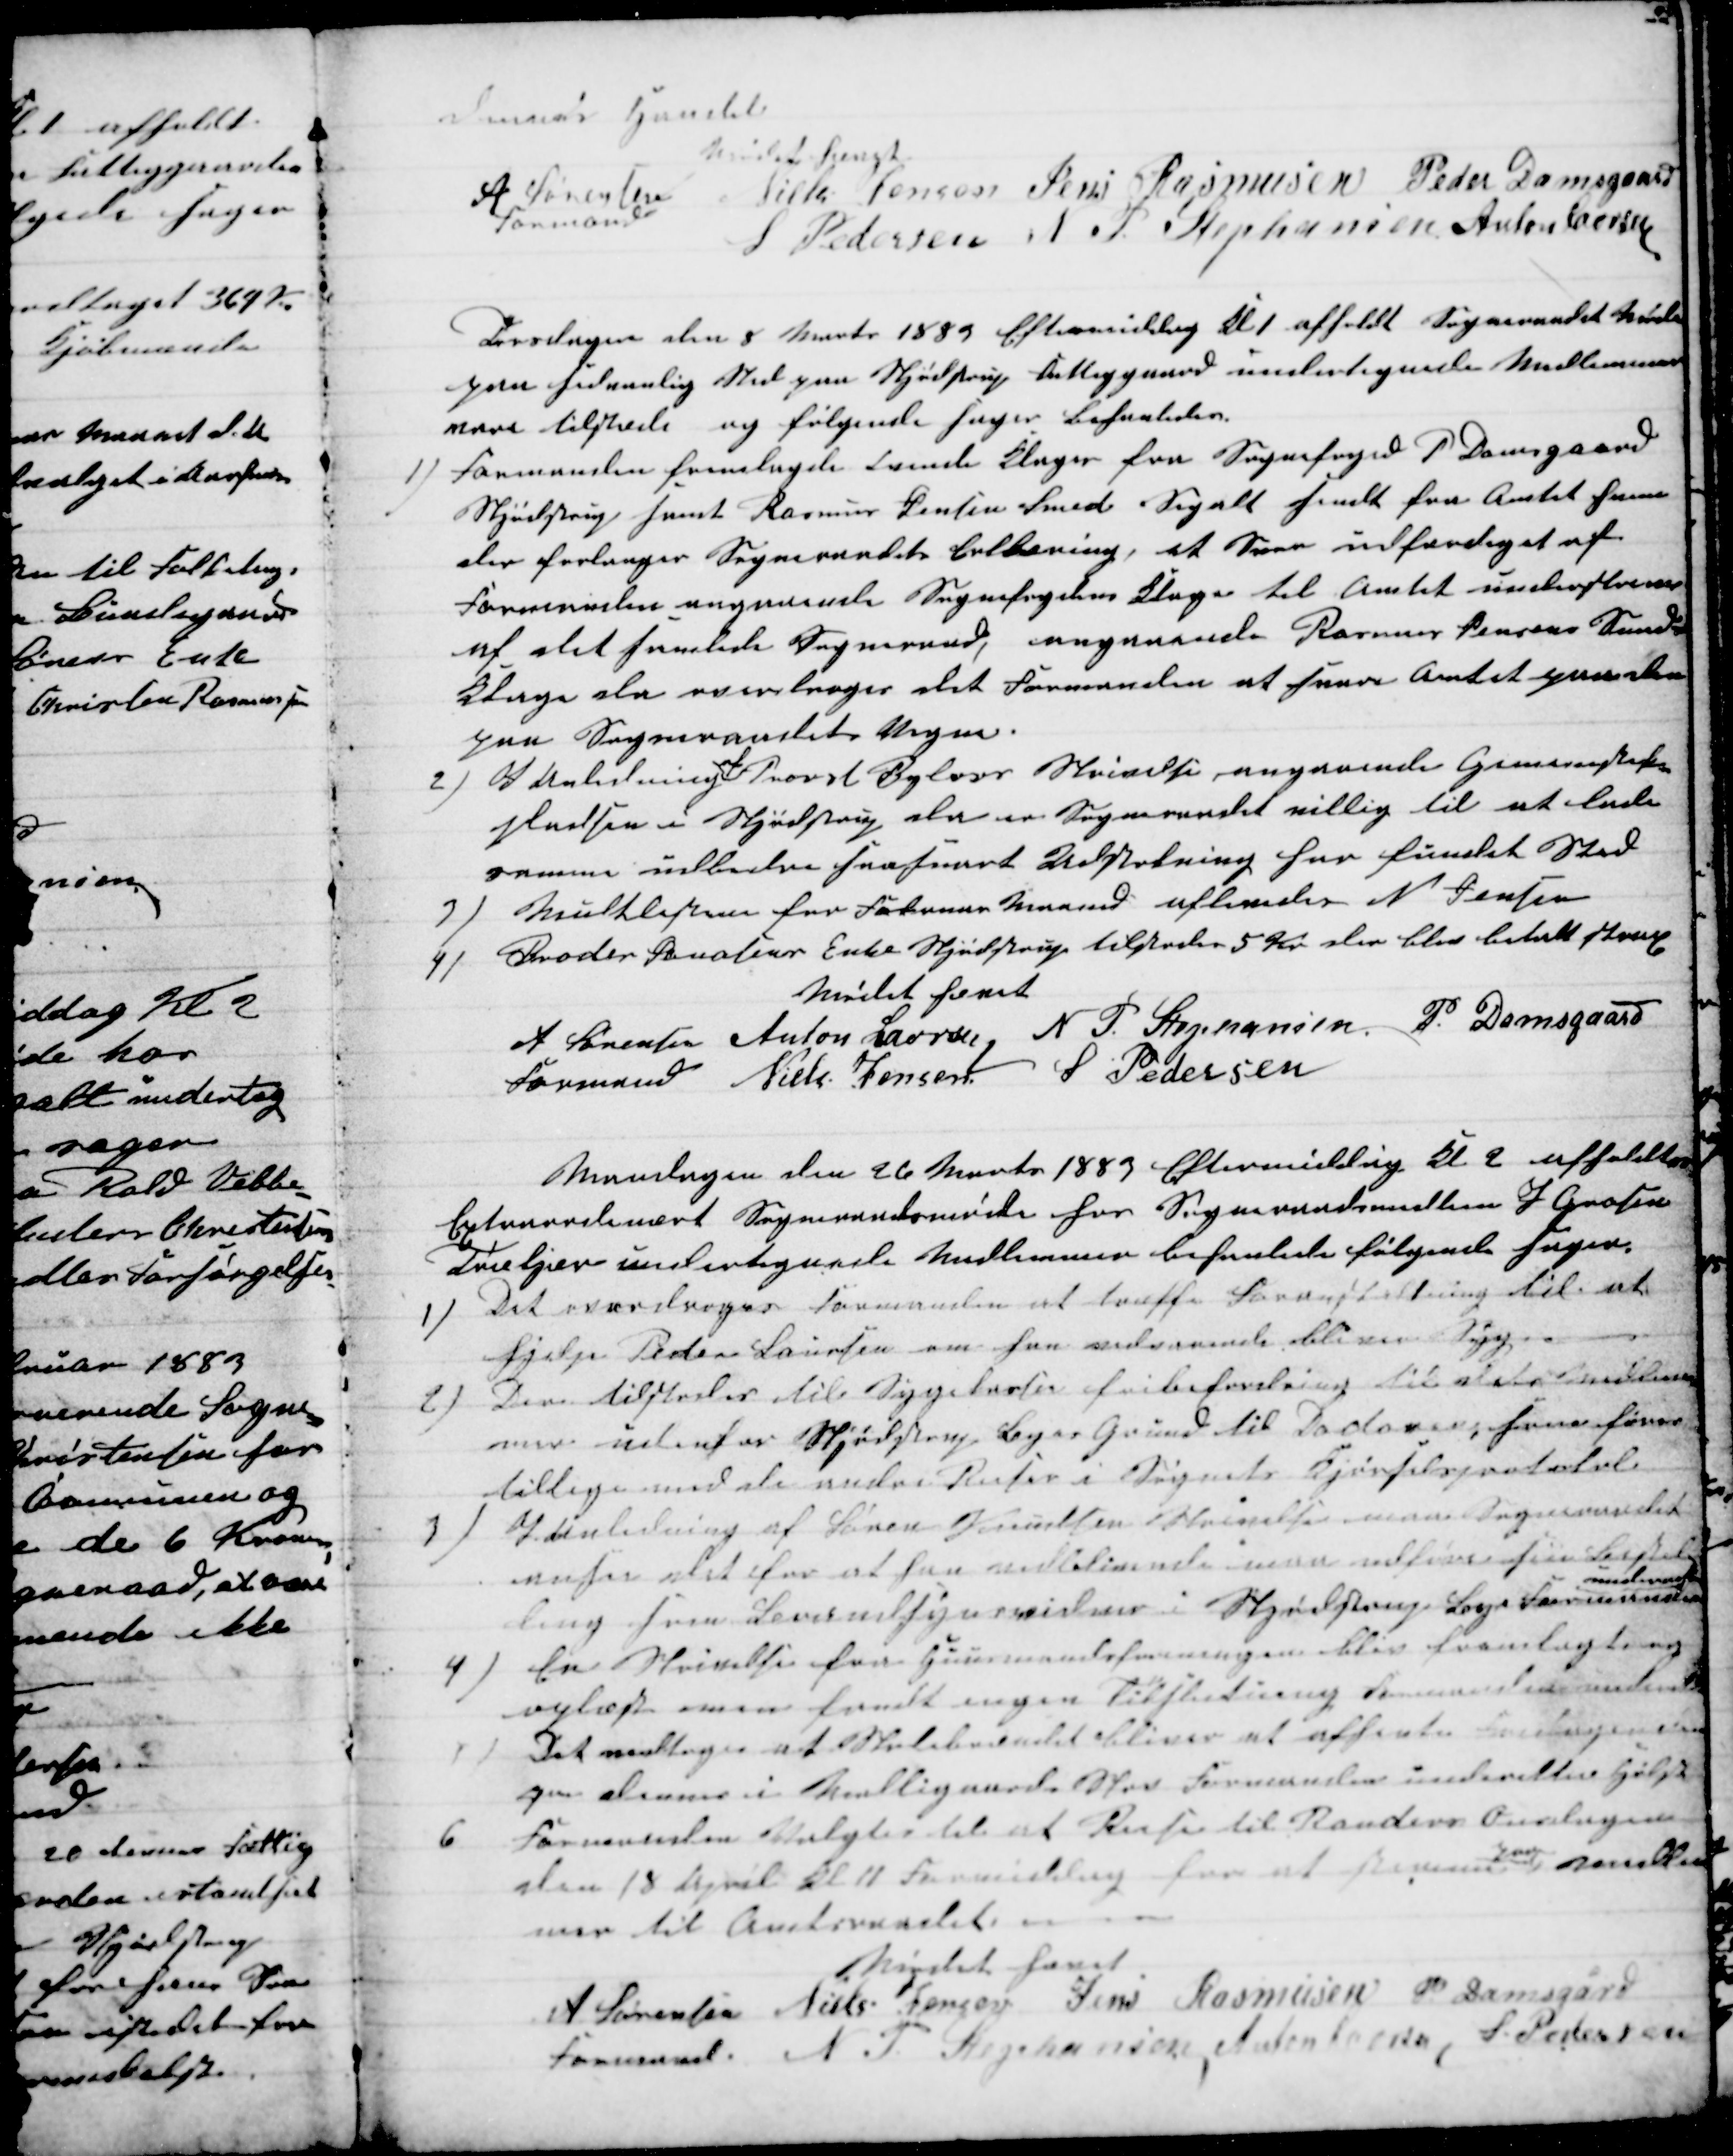
Transskription:
H 
Mødet hævet
A Sørensen
Formand
Niels Jensen Jens Rasmussen Peder Damsgaard
S Pedersen N. P. Stephansen Anton Laursen
Torsdagen den 8 Marts 1883 Eftermiddag Kl 1 afholdt Sogneraadet Møde
paa sedvanlig Sted paa Skjødstrup Fattiggaard undertegnede Medlemmer
vare tilstede og følgende sager behanledes.
1)
Formanden fremlagde tvende Klager fra Sognefoged P Damsgaard
Skjødstrup samt Rasmus Jensen Smed Segalt samt fra Amtet som
der forlanger Sogneraadets Erklæring, et Svar udfærdiget af
Formanden angaaende Sognefogedens Klage til Amtet underskreven
af det samlede Sogneraad, angaaende Rasmus Jensens Smeds
Klage da overdroges det Formanden at svare Amtet ganske
paa Sogneraadets Vegne.
2) I Anledning 
af
Provst Bylovs Skrivelse angaaende Gymnastik-
pladsen i Skjødstrup der er Sogneraadet villig til at lade
samme udbedre saasnart Udskatning har fundet Sted
3) Mulklisterne for Januar Maaned aflevedes N. Jensen
4) Broder Jonasens Enke Skjødstrup tilstodes 5 Kr der blev betalt strax
Mødet hævet
A Sørensen 
Formand 
Anton Laursen N. P. Stephansen
P. Damsgaard
Niels Jensen
S Pedersen
Mandagen den 26 Marts 1883 Eftermiddag Kl. 2 afholdtes
Extraordinært Sogneraadsmøde hos Sogneraadsmedlem J Grosen
Toskjær undertegnede Medlemmer behanlede følgende sager.
1)
Det overdroges Formanden at træffe Foranstaltning til at
hjelpe Peder Laursen om han vedvarende bliver Syg.
2)
Der tilstodes til Sygekassen fribefordring til dets Medlem-
mer udenfor Skjødstrup Byes Grund til Kadavere som føres
tillige med de andre Reiser i Sognets Kjørselsprotokol
3)
I Anledning af Søren Knudsen Skrivelse maa Sogneraadet
ansee det for at saa indladerende maa udføre sin Bestil-
ling som Brandsynsvidne i Skjødstrup Bye Formanden
und
4)
En Skrivelse fra Huusmandsforeningen blev fremlagte og
oplæst man fandt ingen Tilslutning   
5)
Det vedtoges at Skolebrændet bliver at afhente Fredagen den
 dennes i Møllegaards Skov Formanden underetter Holst
6
Formanden Valgtes til at Reise til Randers Onsdagen
den 18 April Kl 11 Formiddag for at stemme
paa
medlem-
mer til Amtsraadet
Mødet hævet
A Sørensen 
Formand. 
Niels Jensen Jens Rasmusen P. Damsgård
N. P. Stephansen, Anton Laursen, S. Pedersen